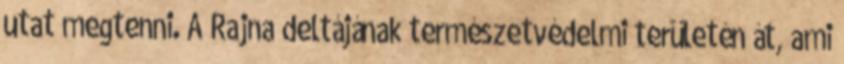
utat megtenni. A Rajna deltájának természetvédelmi területén át, ami